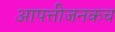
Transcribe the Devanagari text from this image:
आपत्तीजनकच